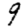
Digit: 9